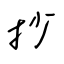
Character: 抄